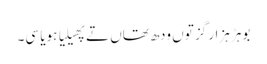
بوہڑ ہزار گز توں ودھ تھاں تے پھیلیا ہویا سی۔